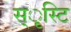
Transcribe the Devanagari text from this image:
स्ृस्टि